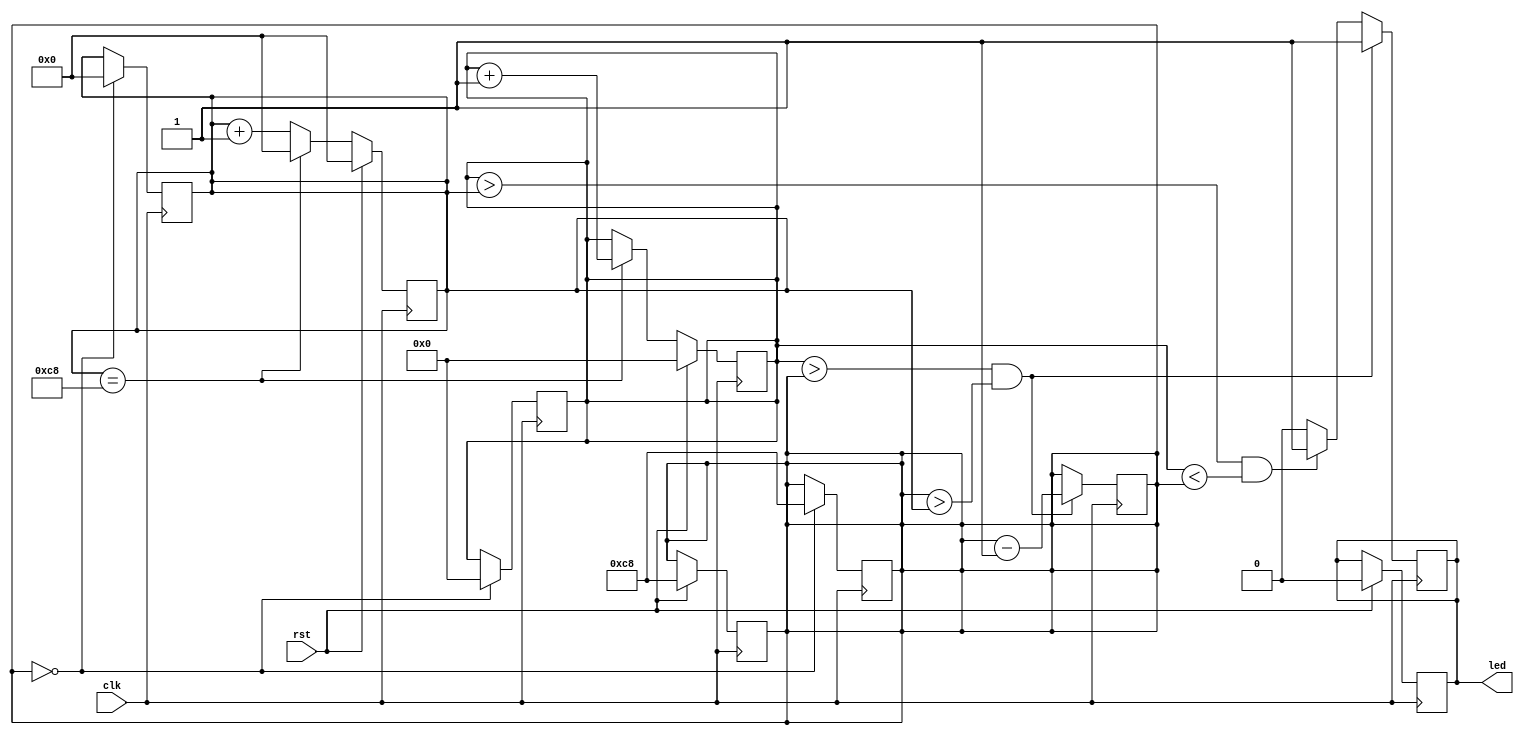
module led (
    input clk,
    input rst,
    output reg led
);
// parameter T = 25_000_000;

reg [15:0] T1;
reg [15:0] T2;

reg [23:0] counter;
always @(posedge clk ) begin
        if (rst) begin
            // n<=1;
            counter <= 0;
            led<=1'b0;
            T1<=0;
            T2<=200;
        end else if (counter==200) begin
            T1<=T1+1;
            // T2<=T2-1;
            counter<=24'b0;
        end else counter<=counter+1'b1;          
end

always @(posedge clk) begin
    if (T1>T2 & T2>counter) begin
        T2<=T2-1'b1;
        led<=1'b1;
    end
    else if (T1>counter & T1<T2) begin
        led<=1'b1;
    end else led<=1'b0;
end

always @(posedge clk) begin
    if (T2==0) begin
        T1<=0;
        T2<=200;
        counter<=0;
    end
end
    
endmodule